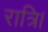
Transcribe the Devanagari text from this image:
रात्रि।